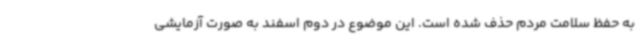
به حفظ سلامت مردم حذف شده است. این موضوع در دوم اسفند به صورت آزمایشی